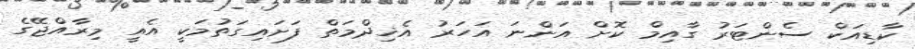
ކާޑިއަކް ސެންޓަރު ގާއިމް ކޮށް އަންނަ އަހަރު އެޚިދްމަތް ފަށައިގަތުމަކީ އެއީ މިރާއްޖޭގެ